State Department UAP Cable 3, Tbilisi, Georgia, October 30, 2001
Agency: Department of State
Incident date: 10/28/2001-10/29/2001
Incident location: Georgia
Page 1
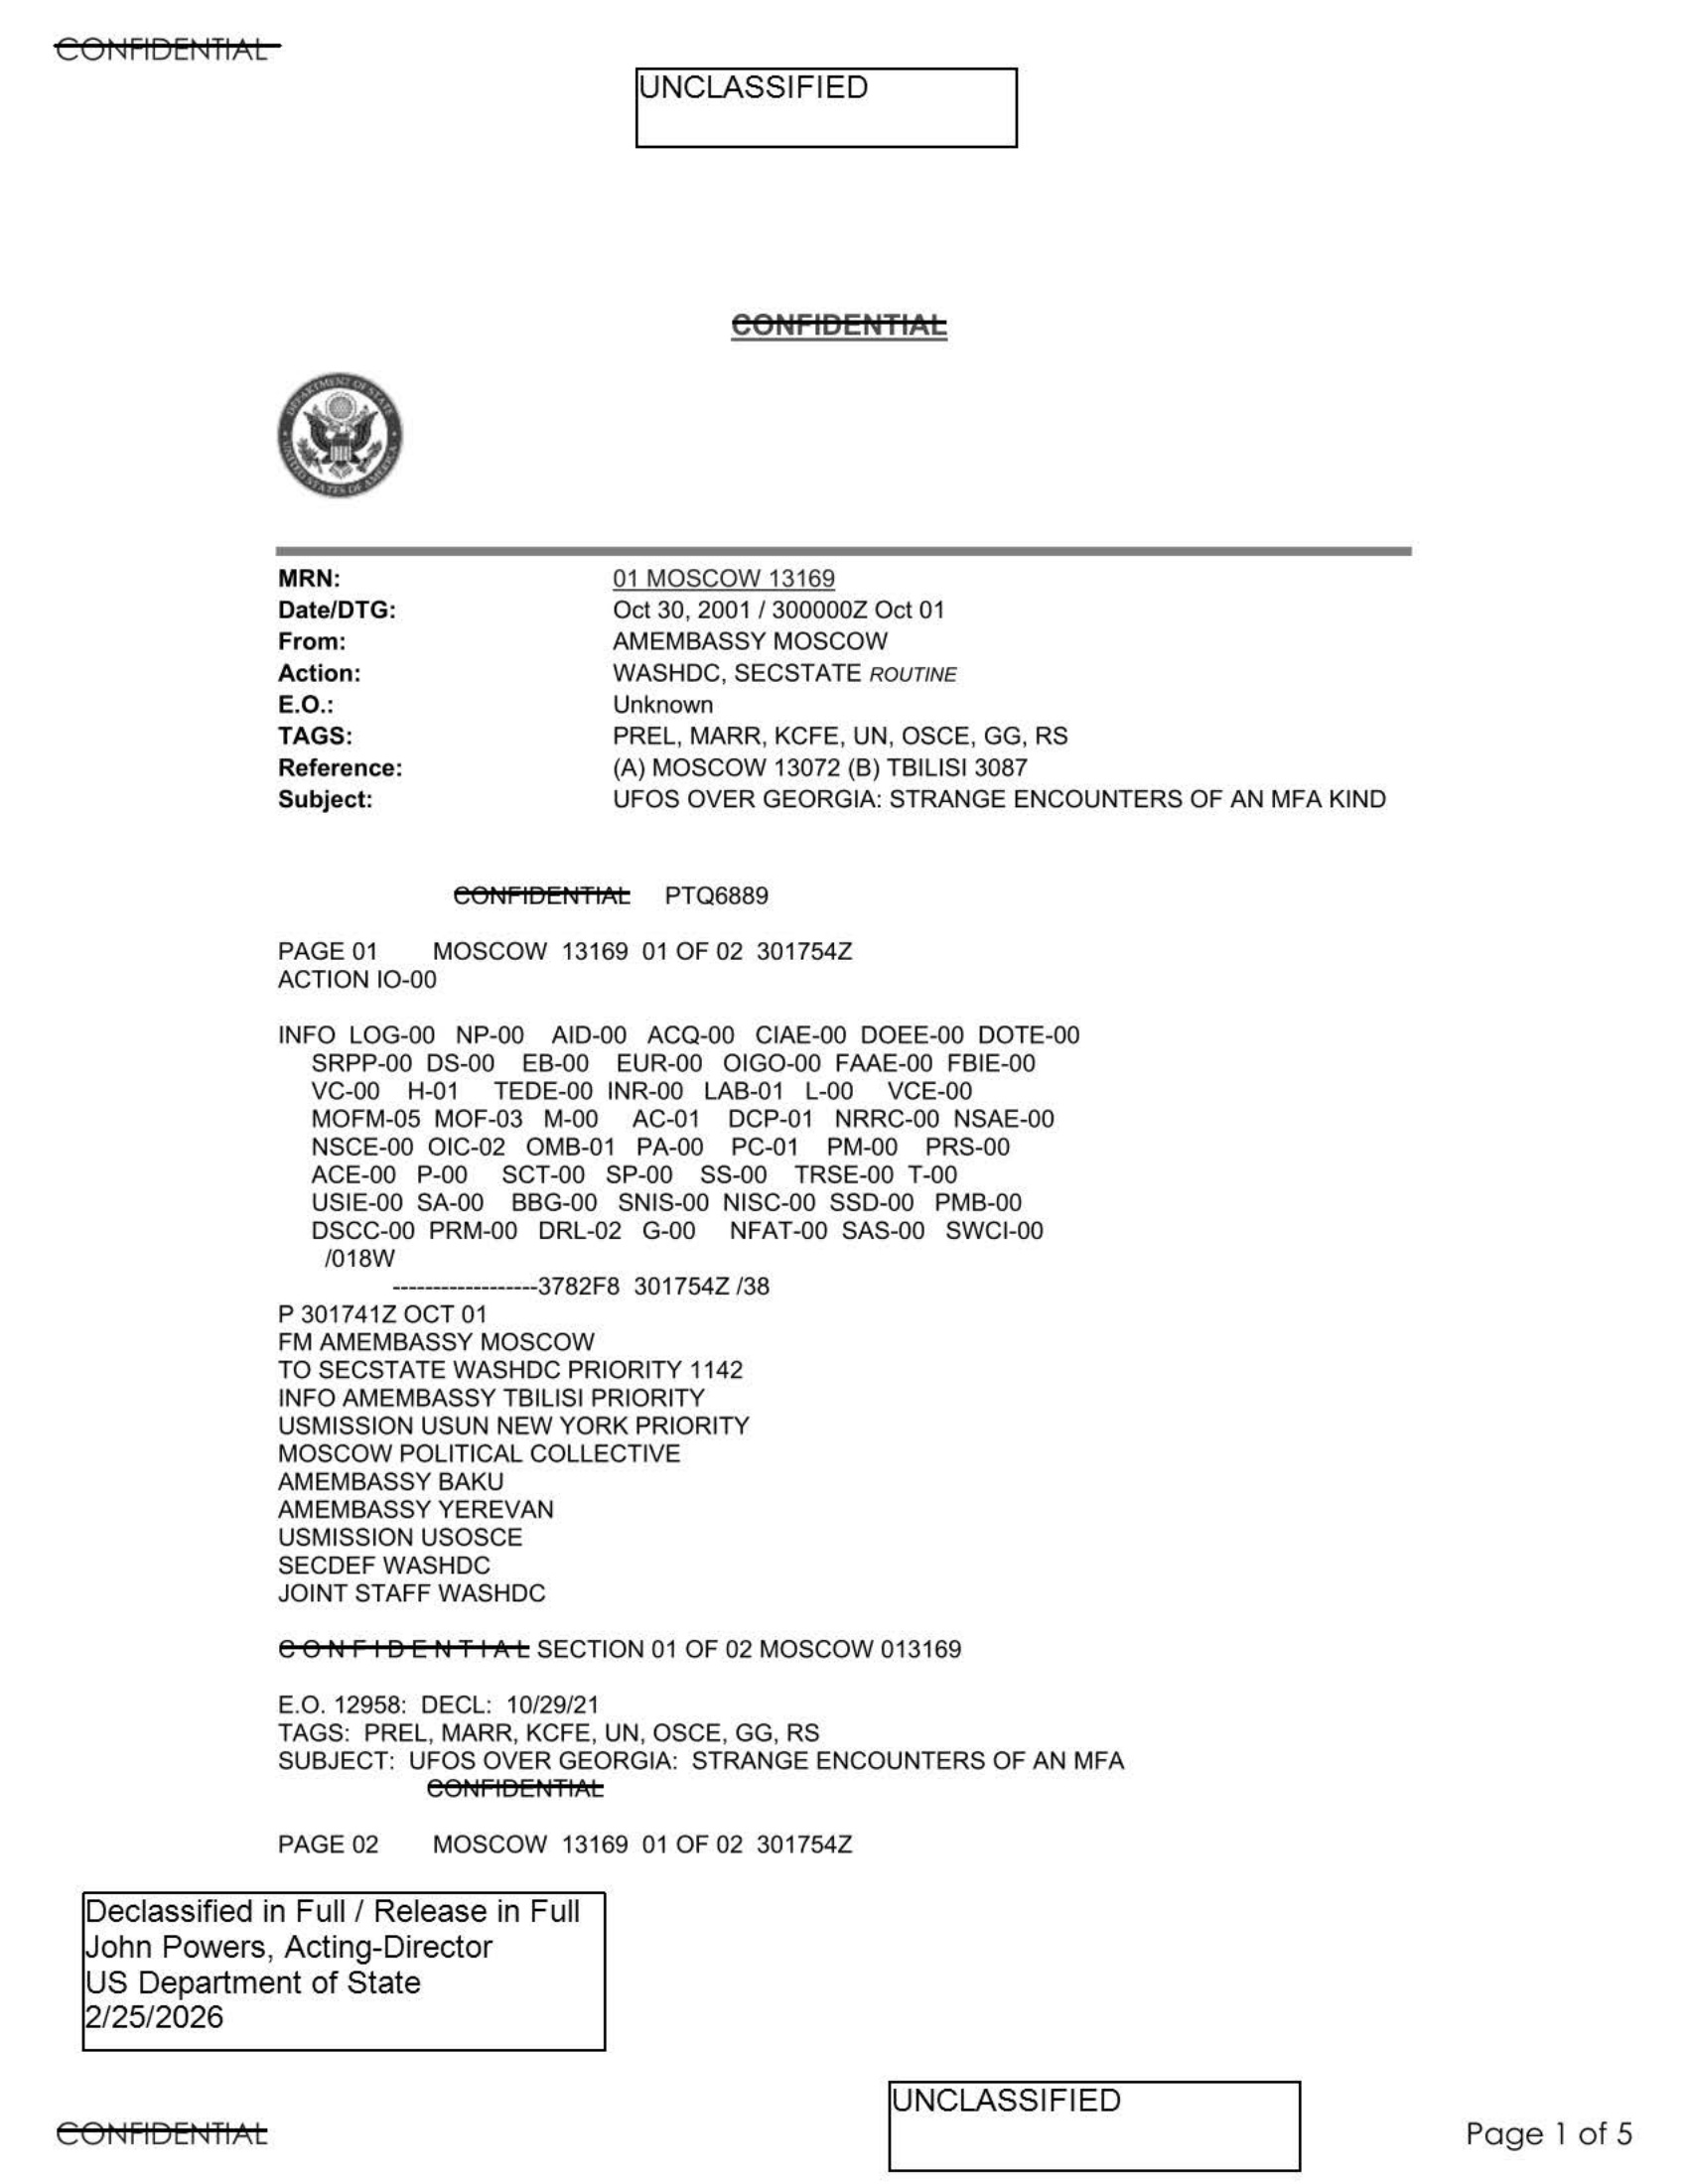